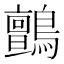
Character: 鸇